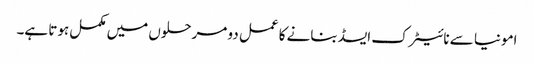
امونیا سے نائیٹرک ایسڈ بنانے کا عمل دو مرحلوں میں مکمل ہوتا ہے۔